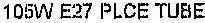
105W E27 PLCE TUBE